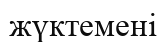
жүктемені